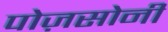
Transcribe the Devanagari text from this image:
पोज़सोनी